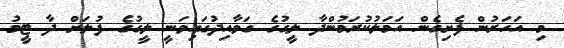
މި އަހަރުން ފެށިގެން އަމަލުކުރަމުންދާ ލީގުގެ ގަވާއިދުގައިވަނީ ލީގުގެ ފުލަށް ދާ ޓީމު